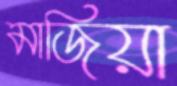
মাজিয়া